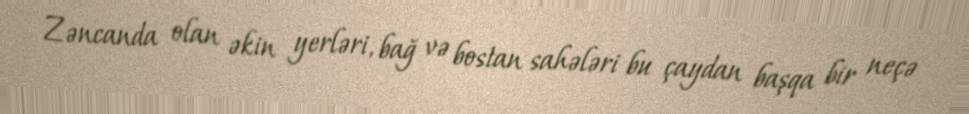
Zəncanda olan əkin yerləri, bağ və bostan sahələri bu çaydan başqa bir neçə